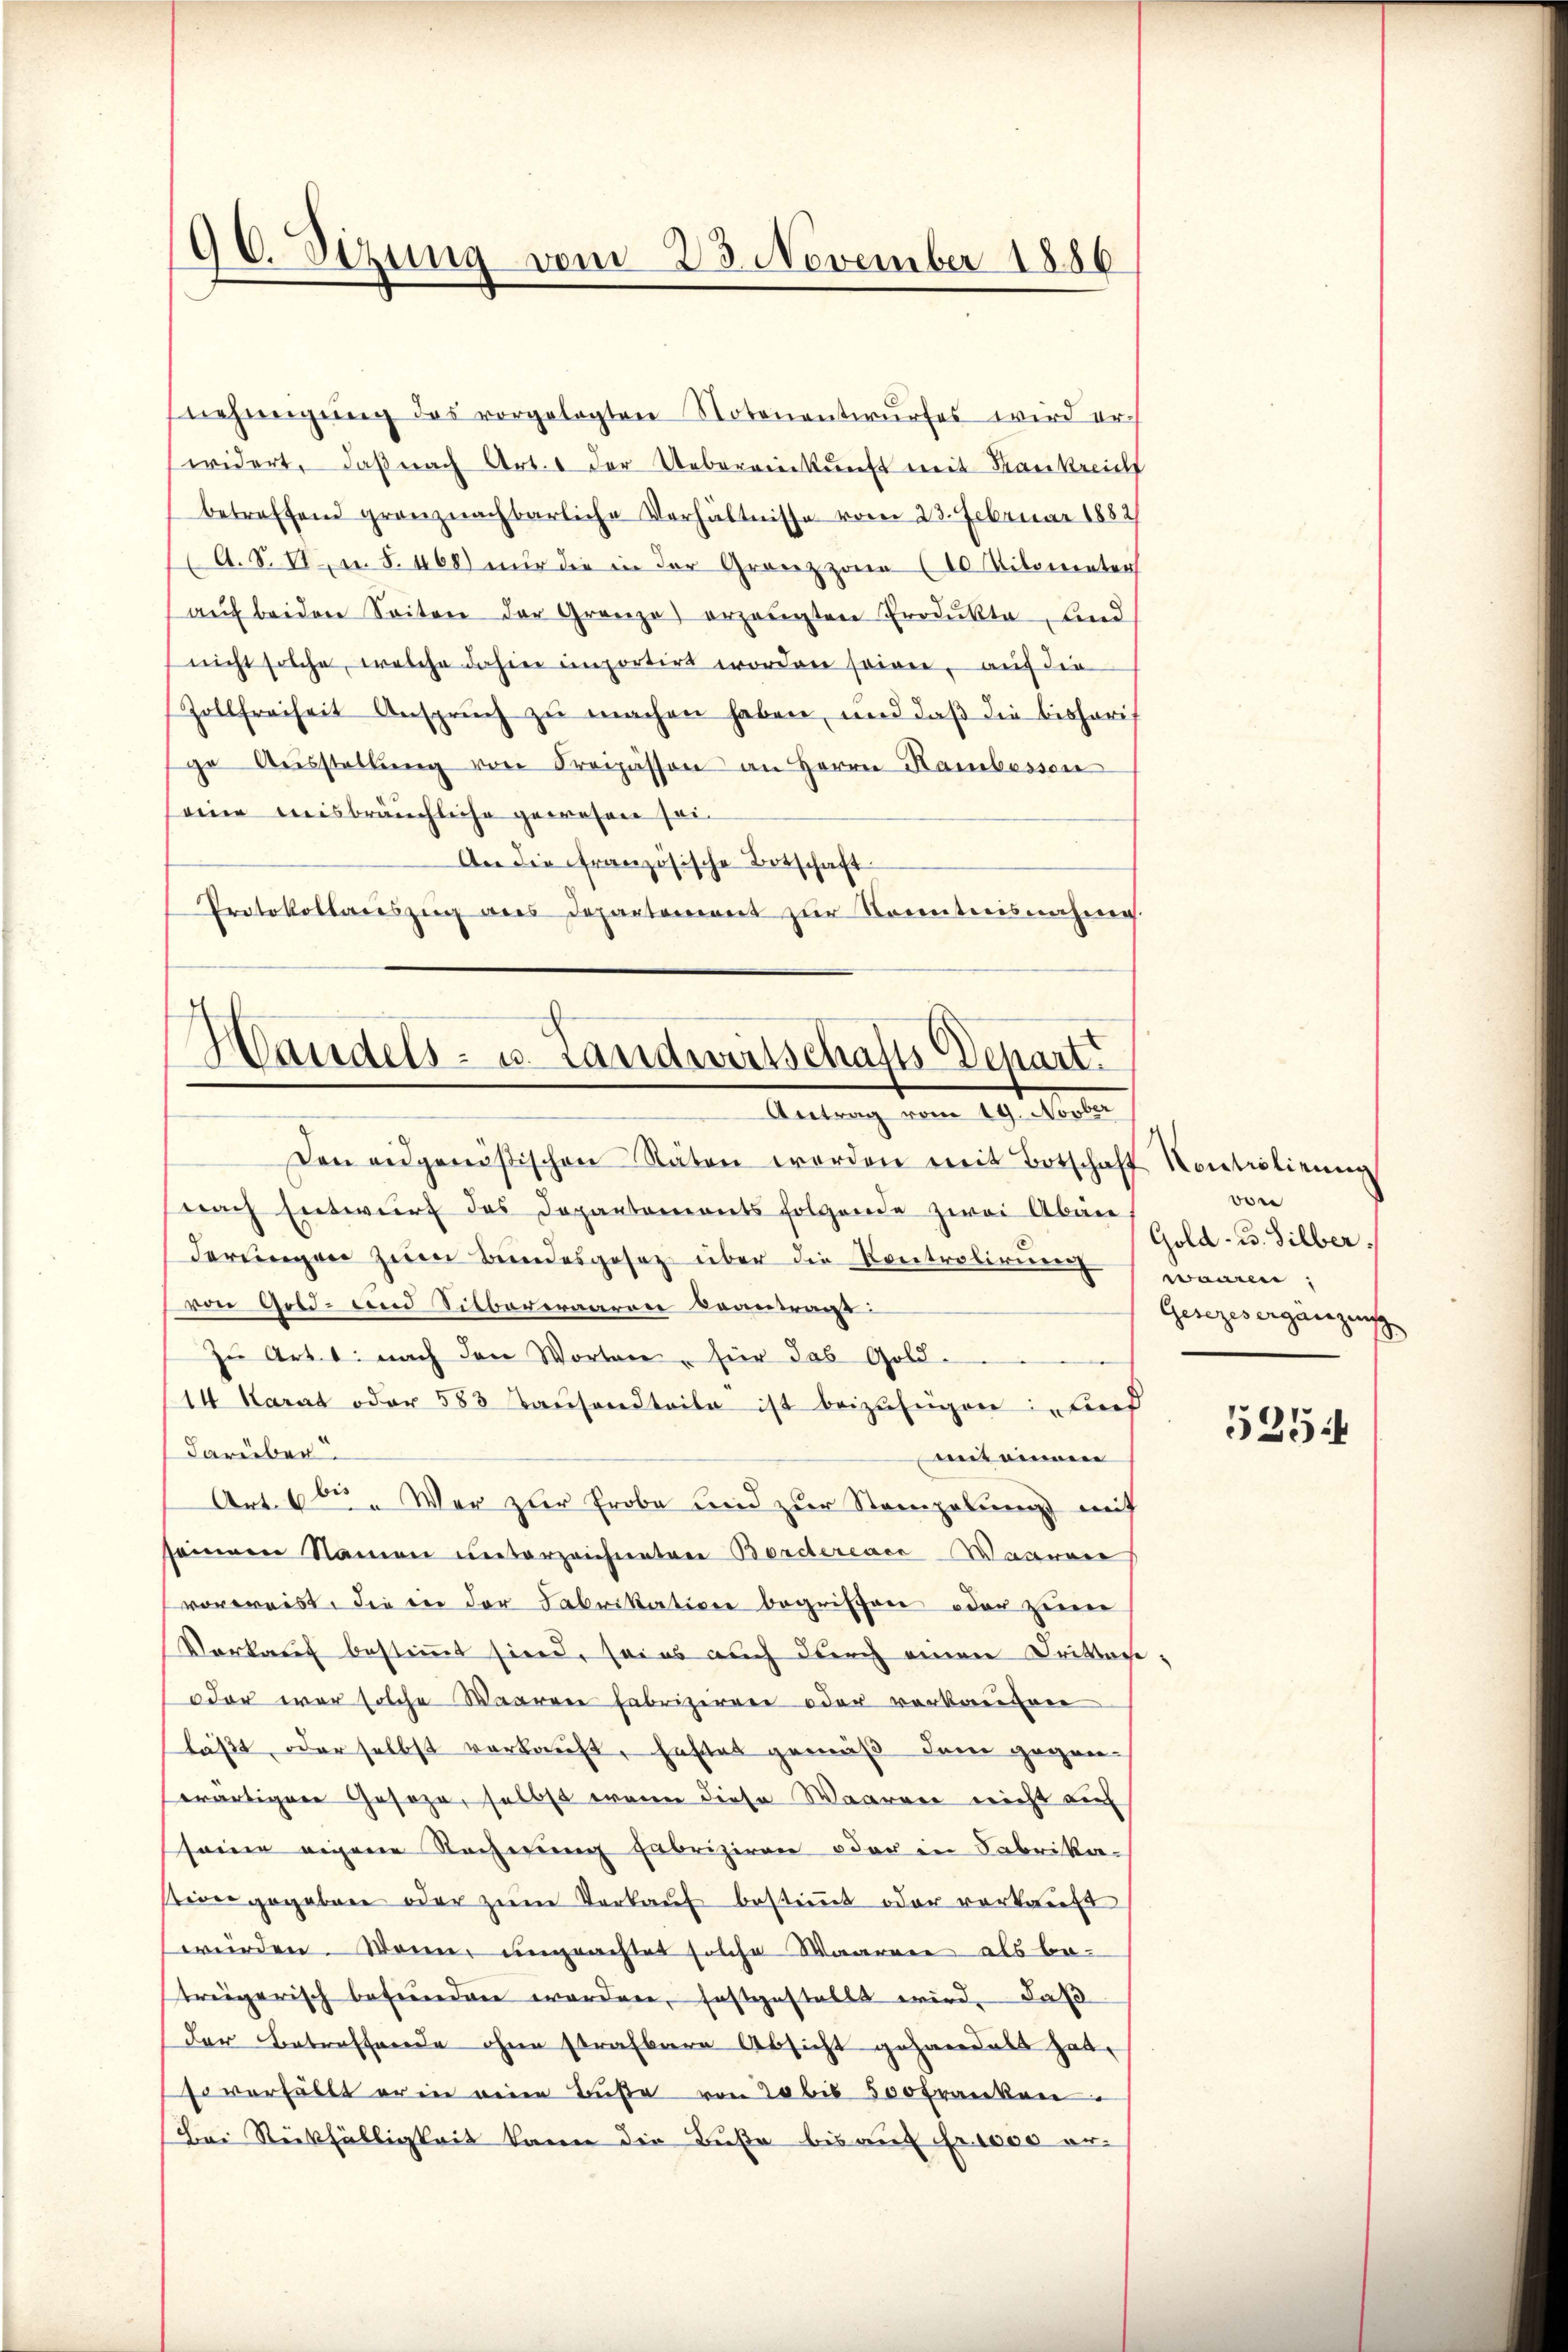
90. Dizung vom 23. November 1886

nehmigŭng des vorgelegten Notenentwŭrfes wird er-
widert, daß nach Art. 1 der Uebereinkunft mit Krankreich
betreffend granznachbarliche Verhältnisse von 23. Februar 1882/
A. S. II. u. S. 468) nur die in der Grenzzonen (10 Nitometer
aŭf beiden Seiten der Gränze) erzeugten Produkte, und
nicht solche, welche dahin importirt worden sowie, auf die
Zollfreiheit Anspruch zu machen haben, und daß die bisheris
ge Aŭsstellŭng von Freipässen an Herrn Hambessen
eine misbräuchliche gewohnen sei¬
An die französische Botschaft
Protokollariszug aus Departement zur Kenntnisnahme.

Den eidgenößischen Stäten werden mit Botschaft Kontrolirung
nach Entwurf das Departements folgende zwei Aben
derŭngen zum Bundesgesetz über die Centrolirung waren,
von Gold- und Sitbareraaren Beantragt:
zŭ Art. 1: nach den Worten für das Gold-
14 Karat oder 583 Taŭsandteile ist beizufügen: „Lind
darüber
miteinnen
Art. 6ten Wer zur Erobe und zur Stempelung mit
seinem Namen unterzeichneten Bordereace-Maaren
vorweist, die in der Fabrikation begriffen oder zuer
Vorkauf bestimmt sind, sei es auch durch einen Drittage
oder war solche Waarere Fabrizieren oder verkaufene
läßt, oder selbst verkauft, festet gemäß dem gegen-
ewärtigere Geseze, selbst wenn diese Waaren nicht auf
seine eigene Rechnung fabriziren oder in Fabrikasteder gegeben oder zŭm Verkaŭf bestimmt oder vorkauft
würden. Dann ungeachtet solche Waarere als be-
treigerisch befunden worden, festgestellt wird, daß
der Betreffende ohne strafbare Absicht gehandelt hat.
so verhält er in eine Buße von 20 bis 500 Franken.
Bei Rückfälligkeit kann die Buße bis auf Fr. 1000 er¬

s
Handels- u. Landwirtschafts Depart.
Antrag vom 29. Mat

von
Gold-B. Silber
Gesezes ergänzung

5254